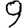
Digit: 9